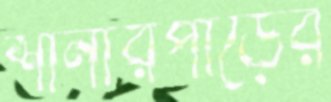
শানারপাড়ের